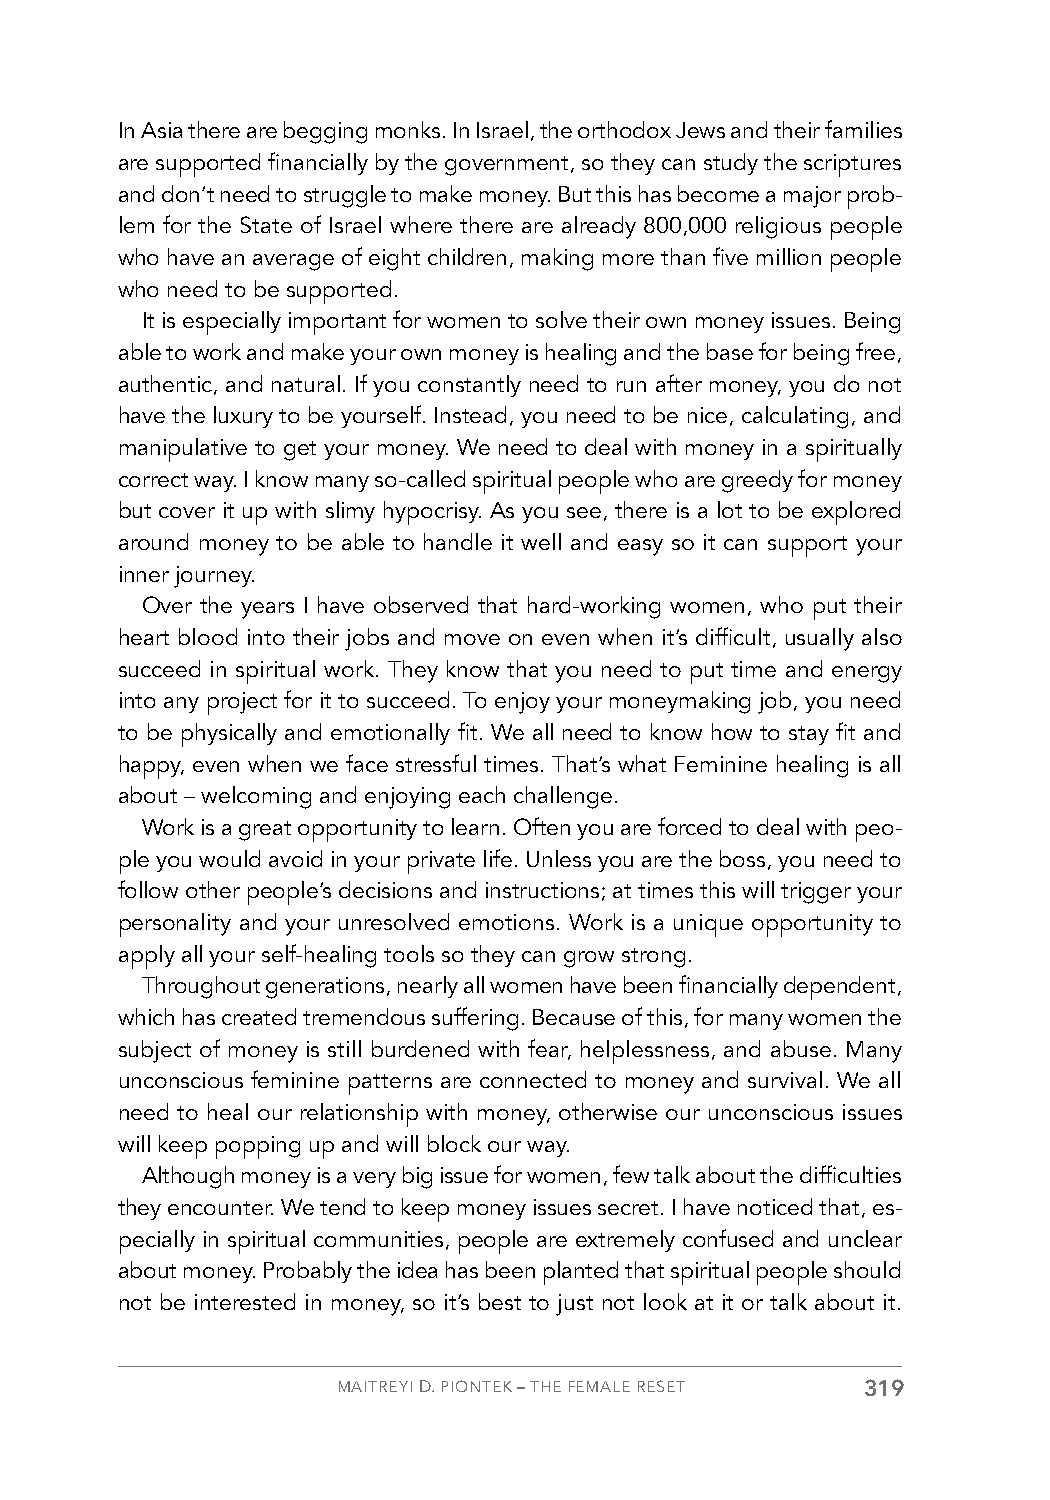
In Asia there are begging monks. In Israel, the orthodox Jews and their families
 are supported financially by the government, so they can study the scriptures
 and don’t need to struggle to make money. But this has become a major prob-
 lem for the State of Israel where there are already 800,000 religious people
 who have an average of eight children, making more than five million people
 who need to be supported.
 It is especially important for women to solve their own money issues. Being
 able to work and make your own money is healing and the base for being free,
 authentic, and natural. If you constantly need to run after money, you do not
 have the luxury to be yourself. Instead, you need to be nice, calculating, and
 manipulative to get your money. We need to deal with money in a spiritually
 correct way. I know many so-called spiritual people who are greedy for money
 but cover it up with slimy hypocrisy. As you see, there is a lot to be explored
 around money to be able to handle it well and easy so it can support your
 inner journey.
 Over the years I have observed that hard-working women, who put their
 heart blood into their jobs and move on even when it’s difficult, usually also
 succeed in spiritual work. They know that you need to put time and energy
 into any project for it to succeed. To enjoy your moneymaking job, you need
 to be physically and emotionally fit. We all need to know how to stay fit and
 happy, even when we face stressful times. That’s what Feminine healing is all
 about – welcoming and enjoying each challenge.
 Work is a great opportunity to learn. Often you are forced to deal with peo-
 ple you would avoid in your private life. Unless you are the boss, you need to
 follow other people’s decisions and instructions; at times this will trigger your
 personality and your unresolved emotions. Work is a unique opportunity to
 apply all your self-healing tools so they can grow strong.
 Throughout generations, nearly all women have been financially dependent,
 which has created tremendous suffering. Because of this, for many women the
 subject of money is still burdened with fear, helplessness, and abuse. Many
 unconscious feminine patterns are connected to money and survival. We all
 need to heal our relationship with money, otherwise our unconscious issues
 will keep popping up and will block our way.
 Although money is a very big issue for women, few talk about the difficulties
 they encounter. We tend to keep money issues secret. I have noticed that, es-
 pecially in spiritual communities, people are extremely confused and unclear
 about money. Probably the idea has been planted that spiritual people should
 not be interested in money, so it’s best to just not look at it or talk about it.
 MAITREYI D. PIONTEK – THE FEMALE RESET 319